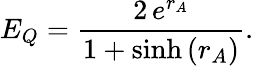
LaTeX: E_{Q}=\frac{2\, e^{r_{A}}}{1+\sinh{(r_{A})}}.